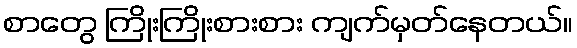
စာတွေ ကြိုးကြိုးစားစား ကျက်မှတ်နေတယ်။